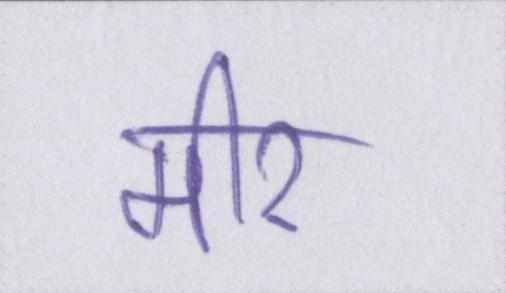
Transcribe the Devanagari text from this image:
मीर